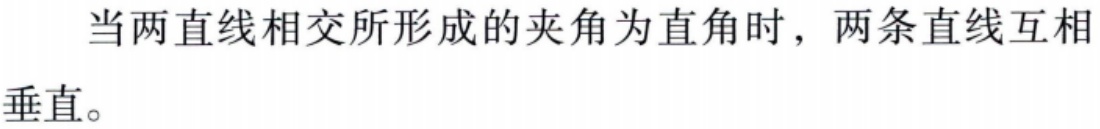
当两直线相交所形成的夹角为直角时，两条直线互相垂直。